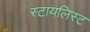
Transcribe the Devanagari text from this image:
स्टायलिस्ट